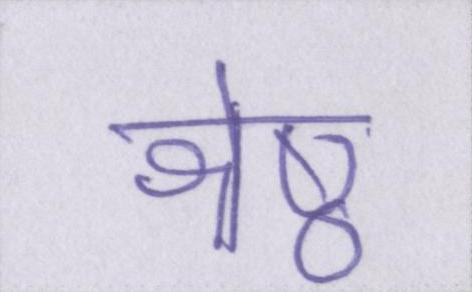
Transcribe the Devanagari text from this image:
श्रेष्ठ